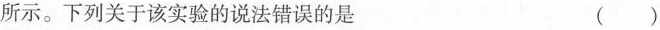
所示。下列关于该实验的说法错误的是 （ ）